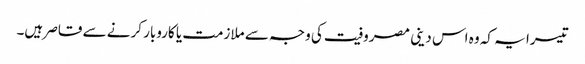
تیسرا یہ کہ وہ اس دینی مصروفیت کی وجہ سے ملازمت یا کاروبار کرنے سے قاصر ہیں۔